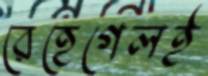
রেহেগেলই